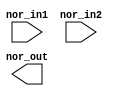
// SPDX-License-Identifier: Apache-2.0
// Copyright (C) 2019 Intel Corporation. All rights reserved
//****************************************************************************************
// (C) 2011 Altera Corporation. All rights reserved.
//
//****************************************************************************************

//------------------------------------------------------------------------
// Description: standard nor2 gate
//
//------------------------------------------------------------------------

module altr_hps_nor2
    (
    input  wire              nor_in1,     // and input 1
    input  wire              nor_in2,     // and input 2
    output  wire             nor_out      // and output
     );

`ifdef ALTR_HPS_INTEL_MACROS_OFF
    assign nor_out = ~(nor_in1 | nor_in2);
`else
`endif

endmodule // altr_hps_nor2